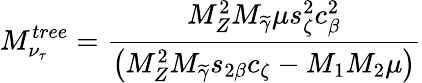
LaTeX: M_{\nu_{\tau}}^{tree}=\frac{M_{Z}^{2}M_{\widetilde{\gamma}}\mu s_{\zeta}^{2}c_{\beta}^{2}}{\left(M_{Z}^{2}M_{\widetilde{\gamma}}s_{2\beta}c_{\zeta}-M_{1}M_{2}\mu\right)}